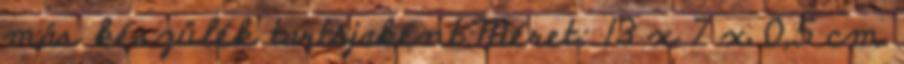
más készülék tartójaként.Méret: 13 x 7 x 0,5 cm